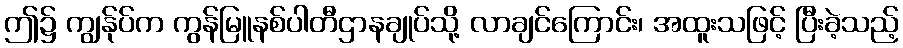
ဤ၌ ကျွန်ုပ်က ကွန်မြူနစ်ပါတီဌာနချုပ်သို့ လာချင်ကြောင်း၊ အထူးသဖြင့် ပြီးခဲ့သည့်